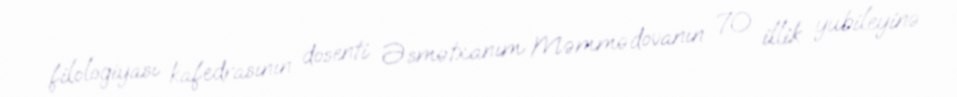
filologiyası kafedrasının dosenti Əsmətxanım Məmmədovanın 70 illik yubileyinə